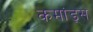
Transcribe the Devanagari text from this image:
कमांड्‌स